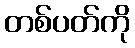
တစ်ပတ်ကို